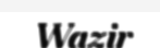
Wazir